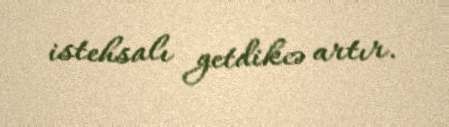
istehsalı getdikcə artır.